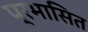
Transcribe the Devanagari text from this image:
प्रभासित